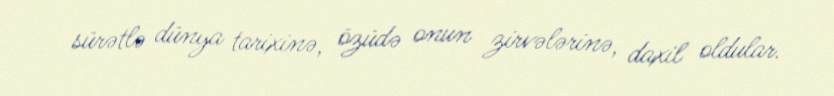
sürətlə dünya tarixinə, özüdə onun zirvələrinə, daxil oldular.